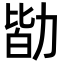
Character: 勓